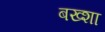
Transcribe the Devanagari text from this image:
बख्‍शा